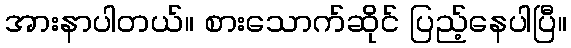
အားနာပါတယ်။ စားသောက်ဆိုင် ပြည့်နေပါပြီ။